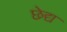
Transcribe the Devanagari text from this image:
छेद्य